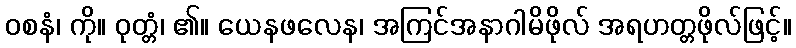
ဝစနံ၊ ကို။ ဝုတ္တံ၊ ၏။ ယေနဖလေန၊ အကြင်အနာဂါမိဖိုလ် အရဟတ္တဖိုလ်ဖြင့်။